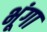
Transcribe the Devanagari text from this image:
भूंगा